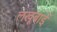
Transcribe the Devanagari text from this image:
लखूबाई